Plague in India, 1896, 1897 - Volume 1
Year: 1896
Disease focus: Plague
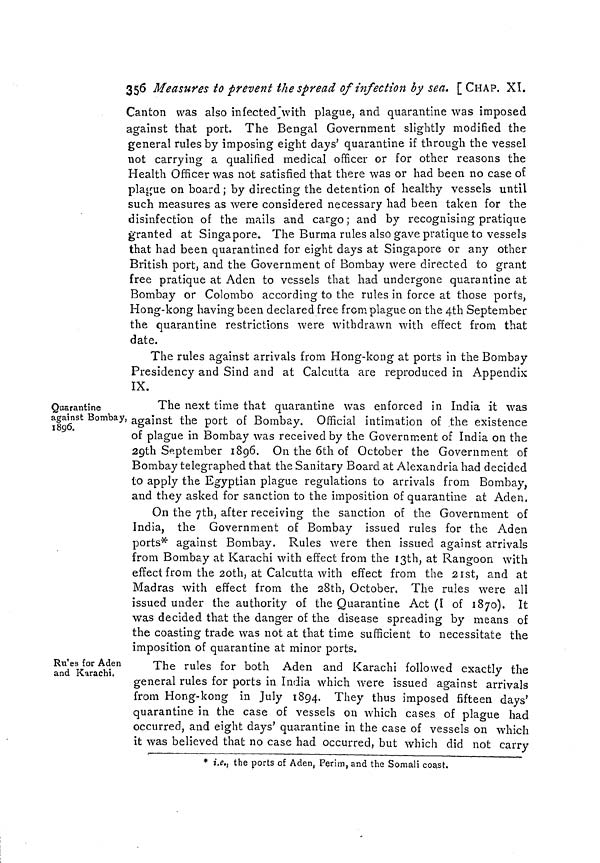
356 Measures to prevent the spread of infection by sea. [CHAP. XI.
Canton was also infected with plague, and quarantine was imposed
against that port. The Bengal Government slightly modified the
general rules by imposing eight days' quarantine if through the vessel
not carrying a qualified medical officer or for other reasons the
Health Officer was not satisfied that there was or had been no case of
plague on board; by directing the detention of healthy vessels until
such measures as were considered necessary had been taken for the
disinfection of the mails and cargo; and by recognising pratique
granted at Singapore. The Burma rules also gave pratique to vessels
that had been quarantined for eight days at Singapore or any other
British port, and the Government of Bombay were directed to grant
free pratique at Aden to vessels that had undergone quarantine at
Bombay or Colombo according to the rules in force at those ports,
Hong-kong having been declared free from plague on the 4th September
the quarantine restrictions were withdrawn with effect from that
date.
The rules against arrivals from Hong-kong at ports in the Bombay
Presidency and Sind and at Calcutta are reproduced in Appendix
IX.
Quarantine
against Bombay,
1896.
The next time that quarantine was enforced in India it was
against the port of Bombay. Official intimation of the existence
of plague in Bombay was received by the Government of India on the
29th September 1896. On the 6th of October the Government of
Bombay telegraphed that the Sanitary Board at Alexandria had decided
to apply the Egyptian plague regulations to arrivals from Bombay,
and they asked for sanction to the imposition of quarantine at Aden.
On the 7th, after receiving the sanction of the Government of
India, the Government of Bombay issued rules for the Aden
ports* against Bombay. Rules were then issued against arrivals
from Bombay at Karachi with effect from the 13th, at Rangoon with
effect from the 2oth, at Calcutta with effect from the 21st, and at
Madras with effect from the 28th, October. The rules were all
issued under the authority of the Quarantine Act (I of 1870). It
was decided that the danger of the disease spreading by means of
the coasting trade was not at that time sufficient to necessitate the
imposition of quarantine at minor ports.
Ru'es for Aden
and Karachi.
The rules for both Aden and Karachi followed exactly the
general rules for ports in India which were issued against arrivals
from Hong-kong in July 1894. They thus imposed fifteen days'
quarantine in the case of vessels on which cases of plague had
occurred, and eight days' quarantine in the case of vessels on which
it was believed that no case had occurred, but which did not carry
* i.e., the ports of Aden, Perim, and the Somali coast.